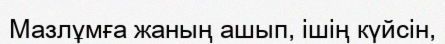
Мазлұмға жаның ашып, ішің күйсін,